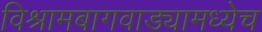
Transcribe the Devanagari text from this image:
विश्रामबागवाड्यामध्येच